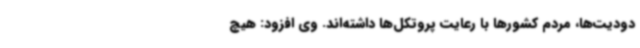
دودیت‌ها، مردم کشورها با رعایت پروتکل‌ها داشته‌اند. وی افزود: هیچ